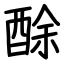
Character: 酴